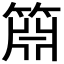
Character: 𬕝